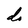
Character: d